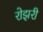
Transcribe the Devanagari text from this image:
रोझरी